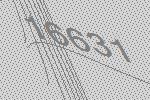
16631